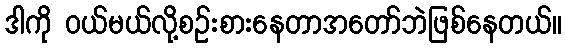
ဒါကို ဝယ်မယ်လို့စဉ်းစားနေတာအတော်ဘဲဖြစ်နေတယ်။